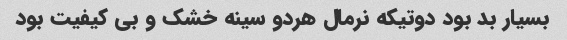
بسیار بد بود دوتیکه نرمال هردو سینه خشک و بی کیفیت بود